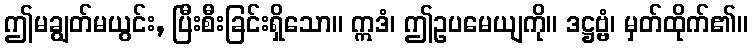
ဤမချွတ်မယွင်း, ပြီးစီးခြင်းရှိသော။ ဣဒံ၊ ဤဥပမေယျကို။ ဒဋ္ဌဗ္ဗံ၊ မှတ်ထိုက်၏။